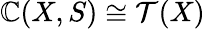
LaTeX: \mathbb{C}(X,S)\cong{\mathcal{{T}}}(X)